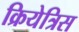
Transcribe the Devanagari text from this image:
क्रियेत्रिस